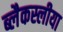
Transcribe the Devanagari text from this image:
ब्लैकस्लीया